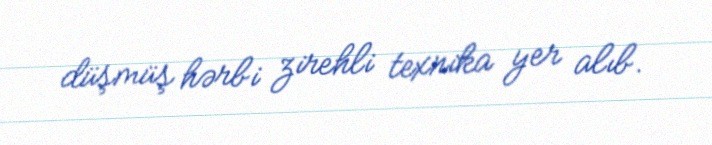
düşmüş hərbi zirehli texnika yer alıb.